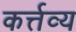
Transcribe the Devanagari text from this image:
कर्त्तव्‍य